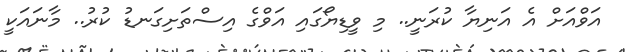
އަވްއަށް އެ އަނިޔާ ކުރަނީ.. މި ވީޑިޔޯގައި އަވްގެ އިސްތަށިގަނޑު ކުރު.. މާނައަކީ